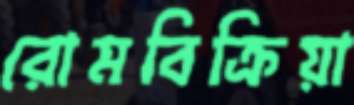
রোমবিক্রিয়া